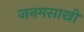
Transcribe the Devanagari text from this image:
जनमसाखी